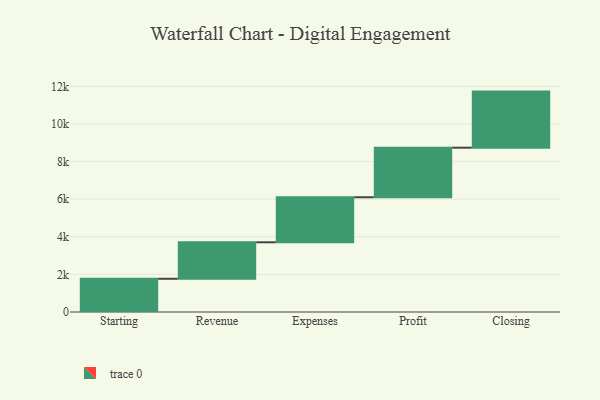
{"axis": {"x": "Step", "y": "Value"}, "legend": [""], "data": [{"x": "Starting", "y": 1767.0, "type": ""}, {"x": "Revenue", "y": 1941.0, "type": ""}, {"x": "Expenses", "y": 2395.0, "type": ""}, {"x": "Profit", "y": 2635.0, "type": ""}, {"x": "Closing", "y": 2983.0, "type": ""}]}